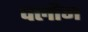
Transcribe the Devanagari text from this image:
फ्लौम